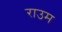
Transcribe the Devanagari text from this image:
राउम